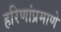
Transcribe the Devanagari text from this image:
हरिणांप्रमाणे